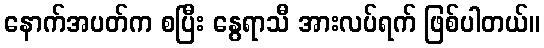
နောက်အပတ်က စပြီး နွေရာသီ အားလပ်ရက် ဖြစ်ပါတယ်။